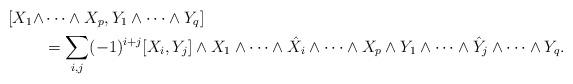
LaTeX: \begin{align*}[X_1\wedge &\dots \wedge X_p,Y_1\wedge\cdots \wedge Y_q]\\&= \sum_{i,j}(-1)^{i+j}[X_i,Y_j]\wedge X_1\wedge \cdots \wedge \hat{X}_i\wedge\cdots\wedge X_p\wedge Y_1\wedge \cdots\wedge \hat{Y}_j\wedge\cdots \wedge Y_q.\end{align*}